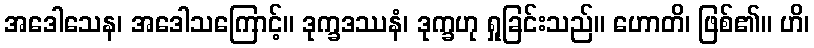
အဒေါသေန၊ အဒေါသကြောင့်။ ဒုက္ခဒဿနံ၊ ဒုက္ခဟု ရှုခြင်းသည်။ ဟောတိ၊ ဖြစ်၏။ ဟိ၊